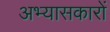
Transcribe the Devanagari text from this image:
अभ्‍यासकारों